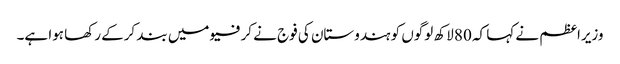
وزیراعظم نے کہا کہ 80 لاکھ لوگوں کو ہندوستان کی فوج نے کرفیو میں بند کرکے رکھا ہوا ہے۔